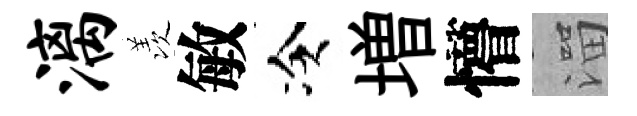
漓羡敏冷増懵溜